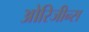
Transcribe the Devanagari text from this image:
ओरिजीन्स